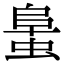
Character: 𧌛